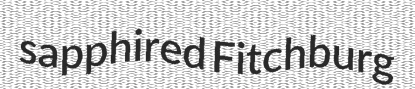
sapphired Fitchburg